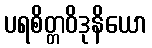
ပရစိတ္တဝိဒုနိယော